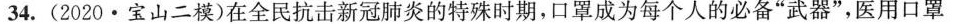
34.(2020·宝山二模)在全民抗击新冠肺炎的特殊时期，口罩成为每个人的必备”武器”，医用口罩